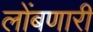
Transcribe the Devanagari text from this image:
लोंबणारी